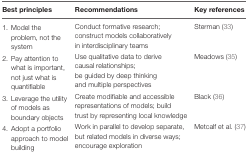
| Best principles | Recommendations | Key references |
 | --- | --- | --- |
 | 1. Model the problem, not the system | Conduct formative research; construct models collaboratively in interdisciplinary teams | Sterman (33) |
 | 2. Pay attention to what is important, not just what is quantifiable | Use qualitative data to derive causal relationships;be guided by deep thinking and multiple perspectives | Meadows (35) |
 | 3. Leverage the utility of models as boundary objects | Create modifiable and accessible representations of models; build trust by representing local knowledge | Black (36) |
 | 4. Adopt a portfolio approach to model building | Work in parallel to develop separate, but related models in diverse ways; encourage exploration | Metcalf et al. (37) |